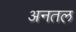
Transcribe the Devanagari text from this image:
अनतल